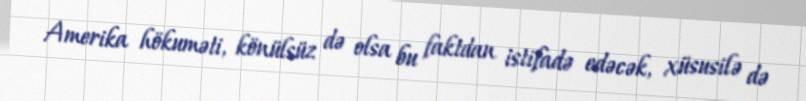
Amerika hökuməti, könülsüz də olsa bu faktdan istifadə edəcək, xüsusilə də